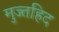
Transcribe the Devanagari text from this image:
मुज्तहिद